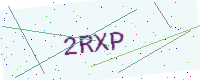
Text: 2RXP